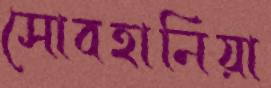
সোবহানিয়া